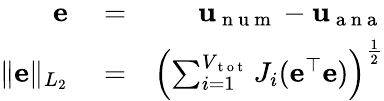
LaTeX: \begin{array}{rlr}{\mathbf{e}}&{{}=}&{\mathbf{u}_{\mathrm{~n~u~m~}}-\mathbf{u}_{\mathrm{~a~n~a~}}}\\ {\| \mathbf{e}\| _{L_{2}}}&{{}=}&{\left(\sum_{i=1}^{V_{\mathrm{~t~o~t~}}}J_{i}(\mathbf{e}^{\top}\mathbf{e})\right)^{\frac{1}{2}}}\end{array}